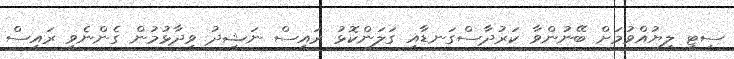
ސިޓީ ލިޔުއްވުމަށް ބޭނުންވާ ކަރުދާސްގަނޑާއި ގަލަންކޮޅު ރައީސް ނަޝީދު ވިދާޅުމުން ގެންނެވީ ރައީސް